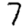
Digit: 7